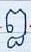
ឰ